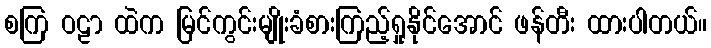
စကြ ဝဠာ ထဲက မြင်ကွင်းမျိုးခံစားကြည့်ရှုနိုင်အောင် ဖန်တီး ထားပါတယ်။